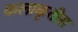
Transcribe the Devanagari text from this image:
कलाकृतीस